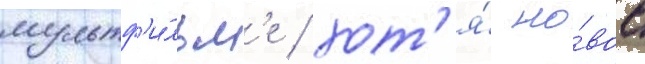
мультф'и́льм'е / хот'я́ но́вое